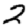
Digit: 2